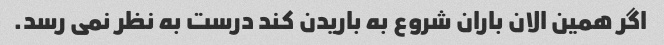
اگر همین الان باران شروع به باریدن کند درست به نظر نمی رسد.